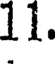
11.